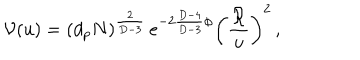
{ \cal V } ( u ) = ( d _ { p } N ) ^ { \frac { 2 } { D - 3 } } \, e ^ { - 2 { \frac { D - 4 } { D - 3 } } \phi } \left( { \frac { \cal R } { u } } \right) ^ { 2 } \, ,